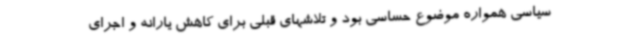
سیاسی همواره موضوع حساسی بود و تلاشهای قبلی برای کاهش یارانه و اجرای